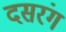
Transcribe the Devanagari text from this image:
दसरंग